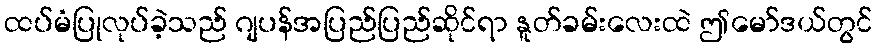
ထပ်မံပြုလုပ်ခဲ့သည် ဂျပန်အပြည်ပြည်ဆိုင်ရာ နူတ်ခမ်းလေးထဲ ဤမော်ဒယ်တွင်